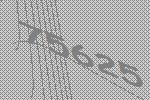
75625